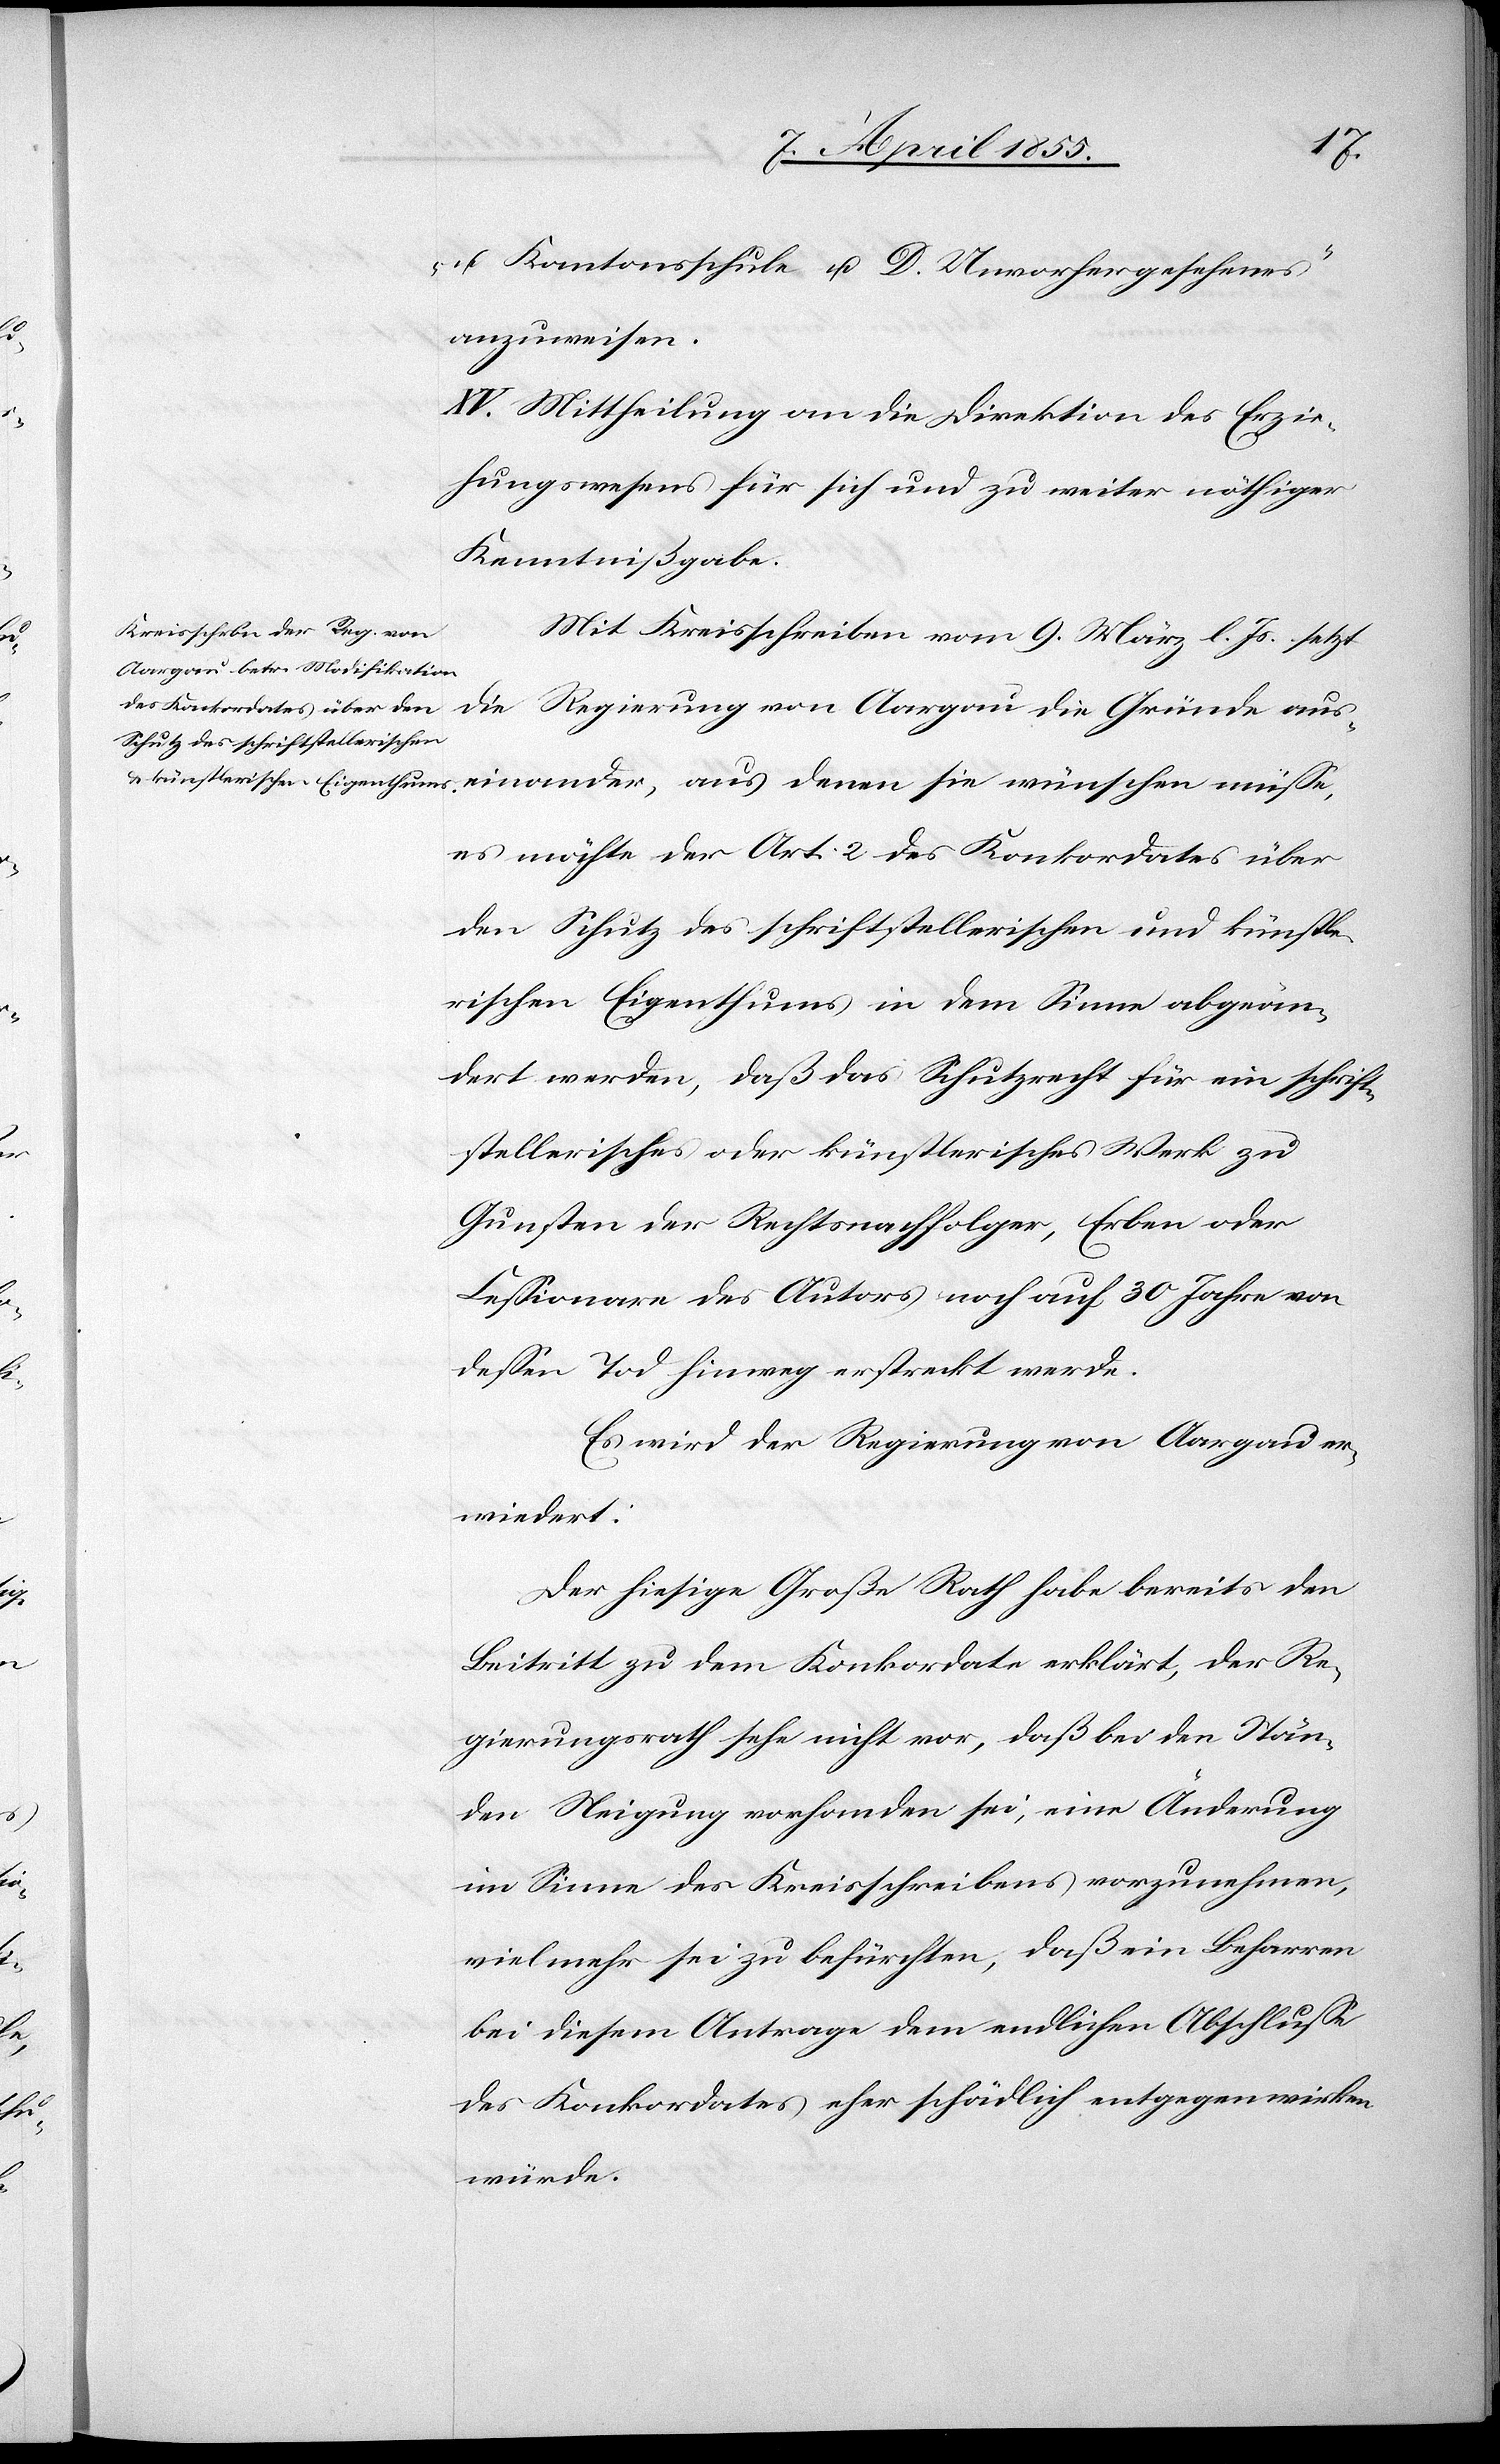
u. Kantonsschule u. D. Unvorhergesehenes“
anzuweisen.
XV. Mittheilung an die Direktion des Erzie¬
hungswesens für sich und zu weiter nöthiger
Kenntnißgabe.
Mit Kreisschreiben vom 9. März l. Js. setzt
die Regierung von Aargau die Gründe aus¬
einander, aus denen sie wünschen müsse,
es möchte der Art. 2 des Konkordates über
den Schutz des schriftstellerischen und künstle¬
rischen Eigenthums in dem Sinne abgeän¬
dert werden, daß das Schutzrecht für ein schrift¬
stellerisches oder künstlerisches Werk zu
Gunsten der Rechtsnachfolger, Erben oder
Cessionare des Autors noch auf 30 Jahre von
dessen Tod hinweg erstreckt werde.
Es wird der Regierung von Aargau er¬
wiedert:
Der hiesige Große Rath habe bereits den
Beitritt zu dem Konkordate erklärt, der Re¬
gierungsrath sehe nicht vor, daß bei den Stän¬
den Neigung vorhanden sei, eine Änderung
im Sinne des Kreisschreibens vorzunehmen,
vielmehr sei zu befürchten, daß ein Beharren
bei diesem Antrage dem endlichen Abschlusse
des Konkordates eher schädlich entgegen wirken
würde.